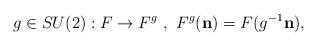
LaTeX: \begin{align*}g\in SU(2): F\rightarrow F^g \ , \ F^g(\mathbf n)=F(g^{-1}\mathbf n), \end{align*}